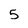
Character: 5